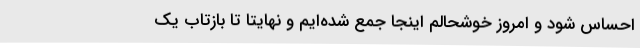
احساس شود و امروز خوشحالم اینجا جمع شده‌ایم و نهایتا تا بازتاب یک